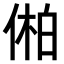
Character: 𫢾